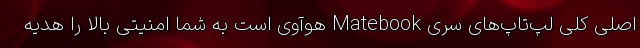
اصلی کلی لپ‌تاپ‌های سری Matebook هوآوی است به شما امنیتی بالا را هدیه